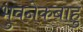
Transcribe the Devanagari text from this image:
भुवनेकबाहु